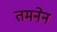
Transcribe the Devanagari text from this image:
तमनेन